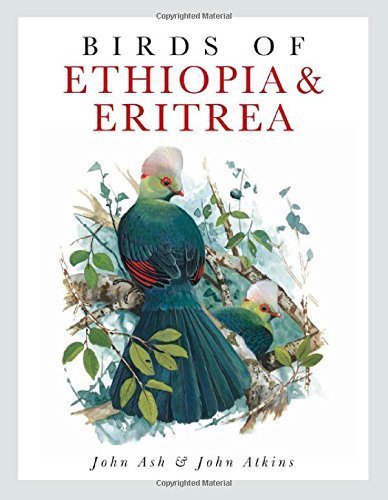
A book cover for Birds of Ethiopia and Eritrea: An Atlas of Distributioa by Ash, John, Atkins, John (2009) Hardcover; John, Atkins, John Ash; Travel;